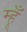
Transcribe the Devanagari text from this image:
म्हूँ